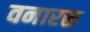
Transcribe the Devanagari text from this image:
वनारस